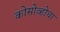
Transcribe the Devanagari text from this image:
कोसोव्होचा